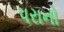
પરાનો